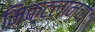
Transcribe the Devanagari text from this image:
मिक्टलानचा